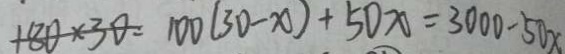
1 8 0 \times 3 0 = 1 0 0 ( 3 0 - x ) + 5 0 x = 3 0 0 0 - 5 0 x